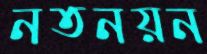
নতনয়ন